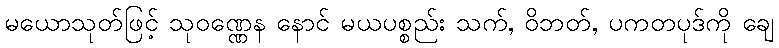
မယောသုတ်ဖြင့် သုဝဏ္ဏေန နောင် မယပစ္စည်း သက်, ဝိဘတ်, ပကတပုဒ်ကို ချေ